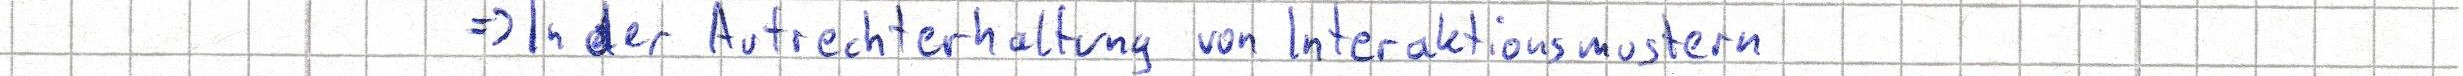
=> In der Aufrechterhaltung von Interaktionsmustern